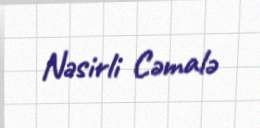
Nəsirli Cəmalə